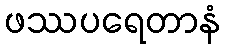
ဖဿပရေတာနံ